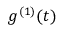
g ^ { ( 1 ) } ( t )